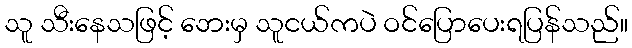
သူ သီးနေသဖြင့် ဘေးမှ သူငယ်ကပဲ ဝင်ပြောပေးရပြန်သည်။